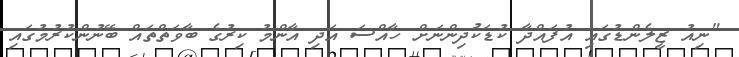
"ނިއު ޒީލެންޑުގައި އުފައްދާ ކުޑަކުދިންނަށް ހާއްސަ އަދި އާންމު ކިރުގެ ބާވަތްތައް ބޭނުންކުރުމުގައި